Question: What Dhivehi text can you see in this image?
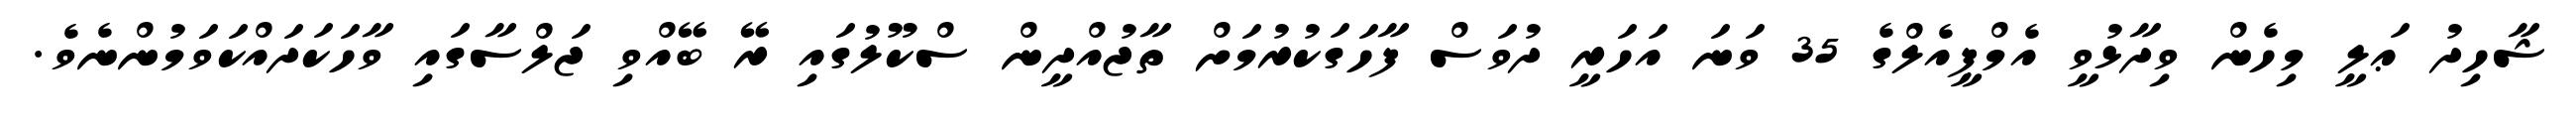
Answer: ޝާހިދު ޢަލީ މިހެން ވިދާޅުވީ އެމްޕީއެލްގެ 35 ވަނަ އަހަރީ ދުވަސް ފާހަގަކުރުމަށް ތާޖުއްދީން ސްކޫލުގައި ރޭ ބޭއްވި ޖަލްސާގައި ވާހަކަދައްކަވަމުންނެވެ.